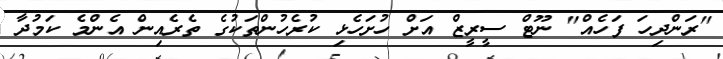
"ރަންދިހަ ފަހެއް" ނޫޓް ސީރީޒް އަށް ހުށަހެޅި ކުރެހުންތަކުގެ ތެރެއިން އެންމެ ކަމުދާ